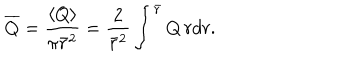
\overline { { Q } } = { \frac { \langle Q \rangle } { \pi \bar { r } ^ { 2 } } } = { \frac { 2 } { \bar { r } ^ { 2 } } } \int ^ { \bar { r } } Q \, r d r .